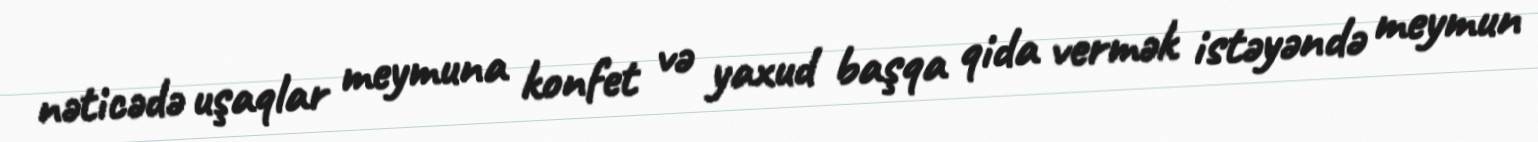
nəticədə uşaqlar meymuna konfet və yaxud başqa qida vermək istəyəndə meymun